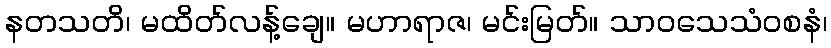
နတသတိ၊ မထိတ်လန့်ချေ။ မဟာရာဇ၊ မင်းမြတ်။ သာဝသေသံဝစနံ၊